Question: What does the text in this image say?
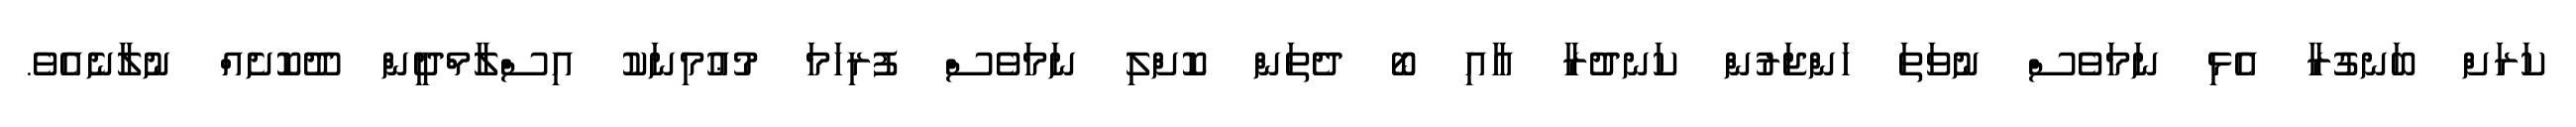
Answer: ކަރަށް ބަނގުރާ އެޅި ނަމަވެސް ނުވަތަ ހަންޖަރުން ކަނދުރާ އާއި ބޯ ދެތަން ކޮށްލި ނަމަވެސް ފުރިހަމަ މުޢުމިނަކު އިސްލާމްދީން ދޫކޮށެއް ނުލާނެއެވެ.